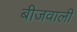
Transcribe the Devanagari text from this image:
बीजवाली